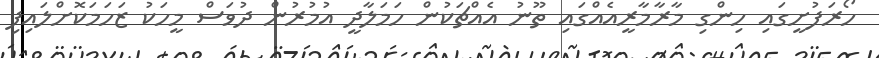
ހޯރަފުށީގައި ހިންގި މާރާމާރީއެއްގައި ތޫނު އެއްޗަކުން ހަމަލާދީ އުމުރުން ދުވަސް މީހަކު ޒަހަމަކޮށްލައިފި